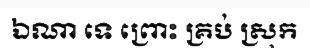
ឯណា ទេ ព្រោះ គ្រប់ ស្រុក